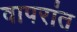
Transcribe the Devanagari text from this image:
वापरांत